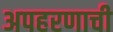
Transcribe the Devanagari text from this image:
अपहरणाची